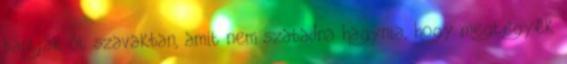
bántják őt szavakban, amit nem szabadna hagynia, hogy megtegyék